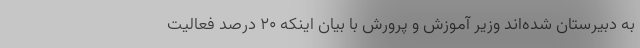
به دبیرستان شده‌اند وزیر آموزش و پرورش با بیان اینکه ۲۰ درصد فعالیت